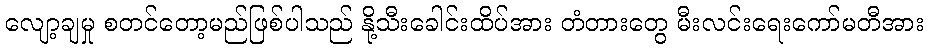
လျော့ချမှု စတင်တော့မည်ဖြစ်ပါသည် နို့သီးခေါင်းထိပ်အား တံတားတွေ မီးလင်းရေးကော်မတီအား